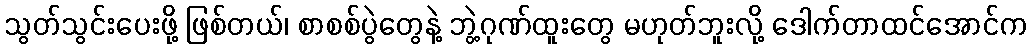
သွတ်သွင်းပေးဖို့ ဖြစ်တယ်၊ စာစစ်ပွဲတွေနဲ့ ဘွဲ့ဂုဏ်ထူးတွေ မဟုတ်ဘူးလို့ ဒေါက်တာထင်အောင်က